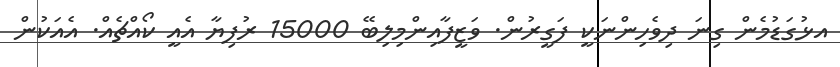
އޅުގަޑުމެން ގިނަ ދިވެހިންނަކީ ފަގީރުން. ވަޒީފާއިންމިލިބޭ 15000 ރުފިޔާ އެއީ ކޯއްޗެއް. އެއަކުން